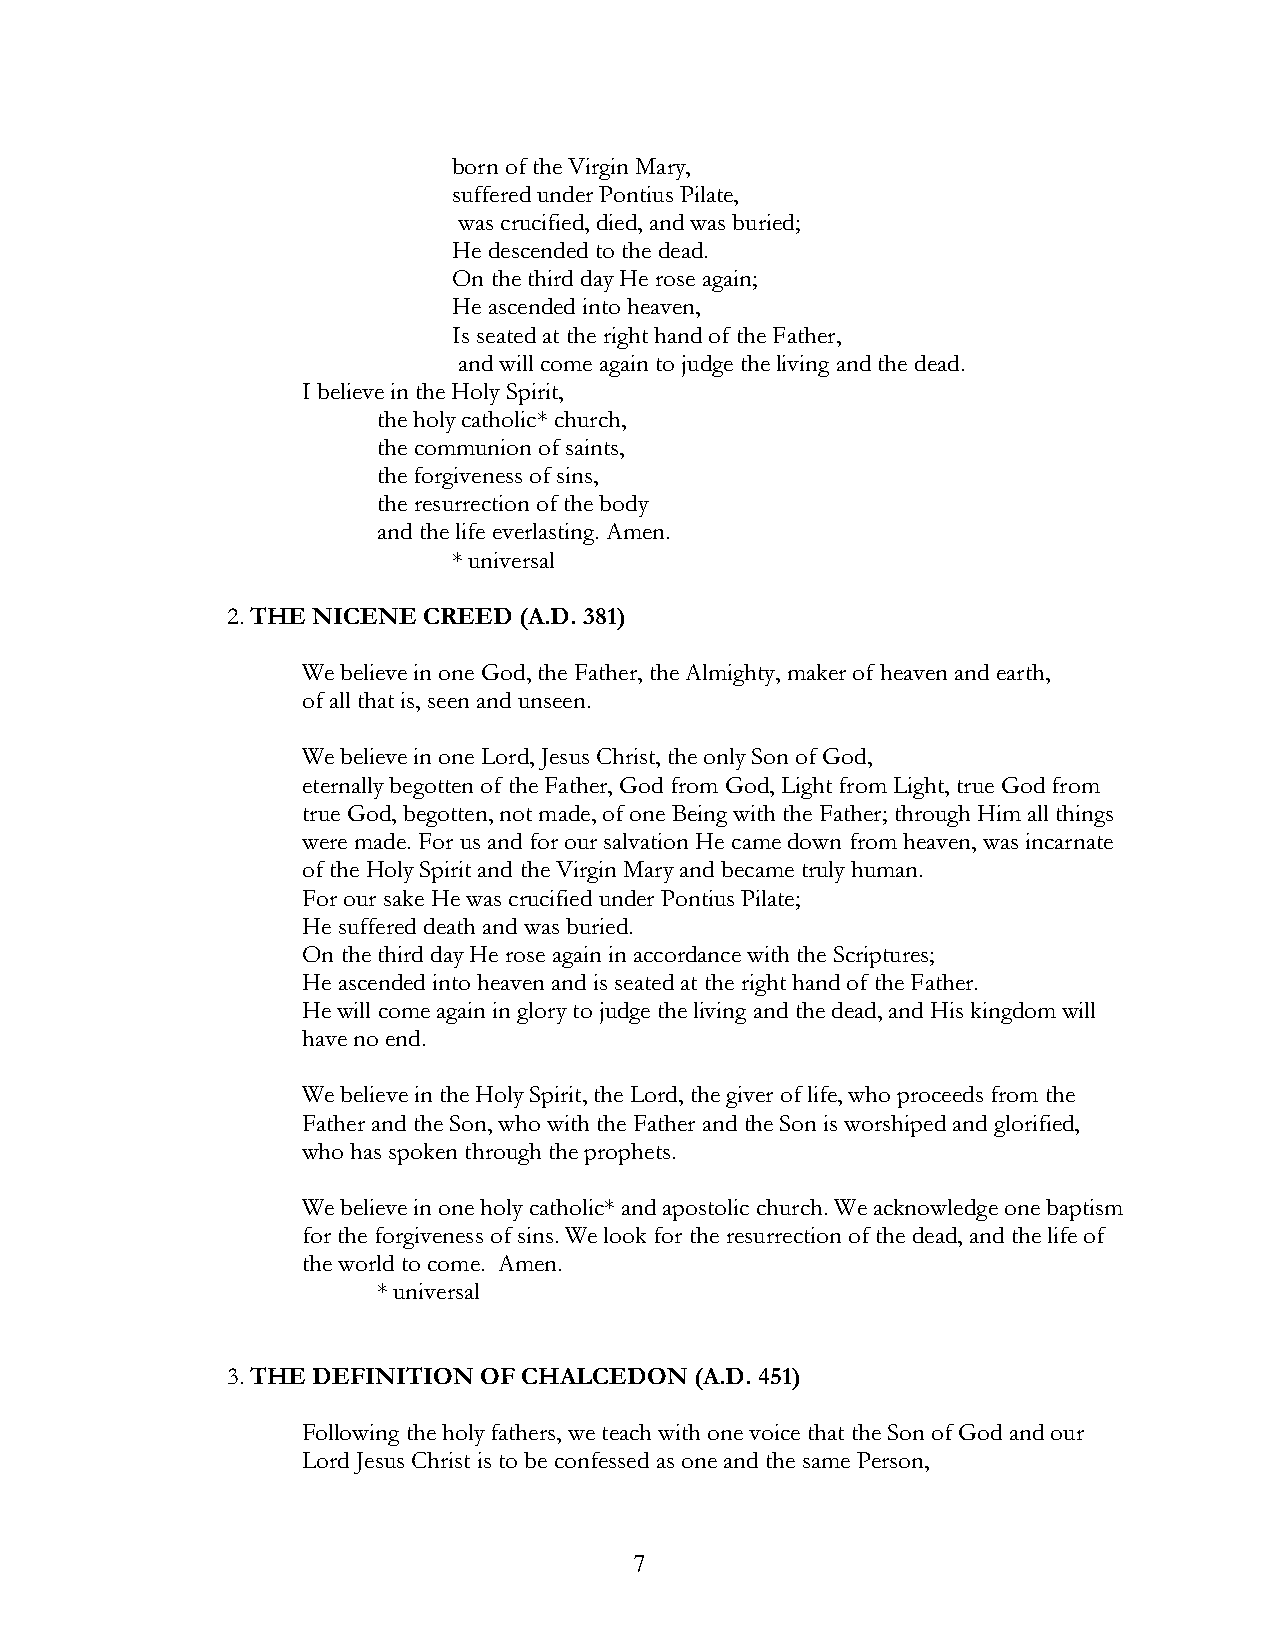
born of the Virgin Mary,
 suffered under Pontius Pilate,
 was crucified, died, and was buried;
 He descended to the dead.
 On the third day He rose again;
 He ascended into heaven,
 Is seated at the right hand of the Father,
 and will come again to judge the living and the dead.
 I believe in the Holy Spirit,
 the holy catholic* church,
 the communion of saints,
 the forgiveness of sins,
 the resurrection of the body
 and the life everlasting. Amen.
 * universal
 2. THE NICENE CREED (A.D. 381)
 We believe in one God, the Father, the Almighty, maker of heaven and earth,
 of all that is, seen and unseen.
 We believe in one Lord, Jesus Christ, the only Son of God,
 eternally begotten of the Father, God from God, Light from Light, true God from
 true God, begotten, not made, of one Being with the Father; through Him all things
 were made. For us and for our salvation He came down from heaven, was incarnate
 of the Holy Spirit and the Virgin Mary and became truly human.
 For our sake He was crucified under Pontius Pilate;
 He suffered death and was buried.
 On the third day He rose again in accordance with the Scriptures;
 He ascended into heaven and is seated at the right hand of the Father.
 He will come again in glory to judge the living and the dead, and His kingdom will
 have no end.
 We believe in the Holy Spirit, the Lord, the giver of life, who proceeds from the
 Father and the Son, who with the Father and the Son is worshiped and glorified,
 who has spoken through the prophets.
 We believe in one holy catholic* and apostolic church. We acknowledge one baptism
 for the forgiveness of sins. We look for the resurrection of the dead, and the life of
 the world to come. Amen.
 * universal
 3. THE DEFINITION OF CHALCEDON (A.D. 451)
 Following the holy fathers, we teach with one voice that the Son of God and our
 Lord Jesus Christ is to be confessed as one and the same Person,
 7